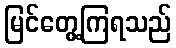
မြင်တွေ့ကြရသည်